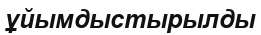
ұйымдыстырылды